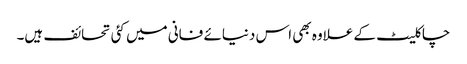
چاکلیٹ کے علاوہ بھی اس دنیائے فانی میں کئی تحائف ہیں۔